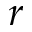
r